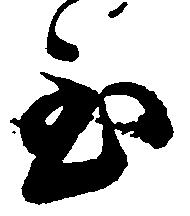
至